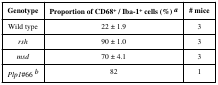
| Genotype | Proportion of CD68+ / Iba-1+ cells (%) a | # mice |
 | --- | --- | --- |
 | Wild type | 22 ± 1.9 | 3 |
 | rsh | 90 ± 1.0 | 3 |
 | msd | 70 ± 4.1 | 3 |
 | Plp1#66 b | 82 | 1 |